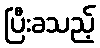
ပြီးခသည့်